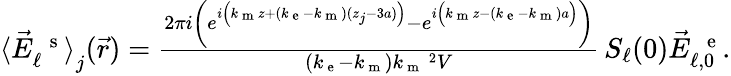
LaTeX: \begin{array}{r}{\langle\vec{E}_{\ell}^{\mathrm{~\, ~s~}}\rangle_{{\textstyle\mathstrut}j}(\vec{r})=\frac{2\pi i\left(e^{i\left(k_{\mathrm{~m~}}z+(k_{\mathrm{~e~}}-k_{\mathrm{~m~}})(z_{j}-3a)\vphantom{b^{2}}\right)}-e^{i\left(k_{\mathrm{~m~}}z-(k_{\mathrm{~e~}}-k_{\mathrm{~m~}})a\vphantom{b^{2}}\right)}\right)}{(k_{\mathrm{~e~}}-k_{\mathrm{~m~}})k_{\mathrm{~m~}}\, \! \! \, \! \, \, \! \, \, \! \! \, \! \, \, \! \! \, \! \! \, \! \, \, \! \! \, \! \! \, \! \, \, \! \, \, \! \! \, \! \, \, \! \! \, \! \! \, \! \, \, \! \, \, \! \! \, \! \, \, \! \, \, \! \! \, \! \, \, \! \! \, \! \! \, \! \, \, \! \, \, \! \! \, \! \, \, \! \, \, \! \! ^{2}V}\, S_{\ell}(0)\vec{E}_{\ell,0}^{\mathrm{~\, ~e~}}.}\end{array}